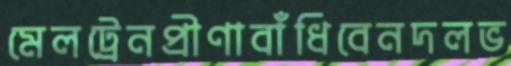
মেলট্রেনপ্রীণাবাঁধিবেনদলভ